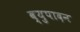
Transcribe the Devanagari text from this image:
व्युपादन